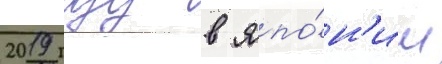
2019 году в япо́н'ии